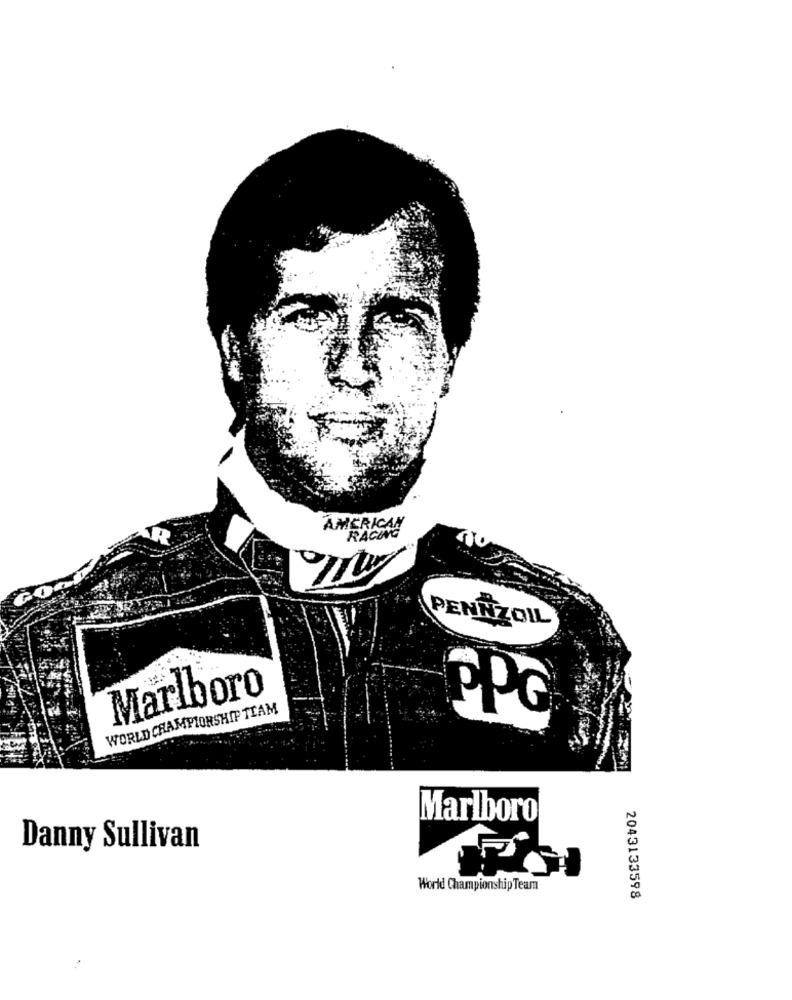
AMERICAN
RACING
PENNZOIL
Marlboro
WORLD CHAMPIONSHIP TEAM
PPG
Marlboro
Danny Sullivan
World Championship Team
2043133598